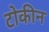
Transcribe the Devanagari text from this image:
टोकीन